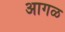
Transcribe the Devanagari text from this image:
अागळ